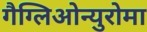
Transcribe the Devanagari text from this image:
गैग्लिओन्युरोमा